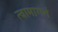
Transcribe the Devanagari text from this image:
त्वामागतं